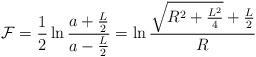
LaTeX: \begin{align*}{\cal F} = \frac{1}{2} \ln \frac{a + \frac{L}{2}}{a - \frac{L}{2}}= \ln \frac{\sqrt{R^2 + \frac{L^2}{4}} + \frac{L}{2}}{R}\end{align*}